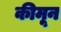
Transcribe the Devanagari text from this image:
कीमून